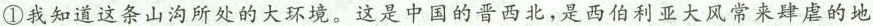
①我知道这条山沟所处的大环境。这是中国的晋西北，是西伯利亚大风常来肆虐的地